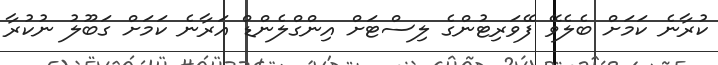
ކުރާނެ ކަމަށް ބެލެވޭ ފޭވަރިޓުންގެ ލިސްޓަށް އިންގްލެންޑް އަރާނެ ކަމަށް ގަބޫލު ނުކުރާ